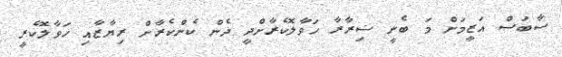
ސާބަސް އަޒީމަށް މަ ބެނީ ޟިރާރާ ހަވާލޮކެރާށްދީ ދެން ކެންކެރާށް ރިޔާޒާއި ހަވާލޮކެރީ